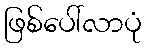
ဖြစ်ပေါ်လာပုံ